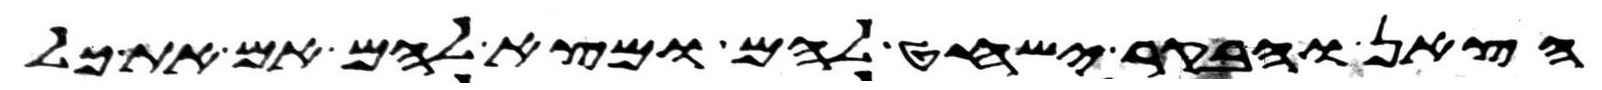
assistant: הצאן והבקר ישחט להם ומצא להם אם את כל